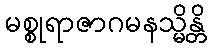
မစ္စုရာဇာဂမနသ္မိန္တိ